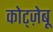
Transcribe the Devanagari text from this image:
कोट्ज़ेबू